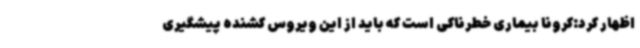
اظهار کرد:کرونا بیماری خطرناکی است که باید از این ویروس کشنده پیشگیری